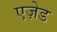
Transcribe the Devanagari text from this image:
एज़ेड